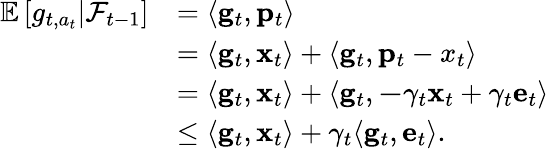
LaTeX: \begin{array}{rl}{\mathbb E\left[\left.g_{t,a_{t}}\right\rvert\mathcal F_{t-1}\right]}&{=\langle\mathbf g_{t},\mathbf p_{t}\rangle}\\ &{=\langle\mathbf g_{t},\mathbf x_{t}\rangle+\langle\mathbf g_{t},\mathbf p_{t}-x_{t}\rangle}\\ &{=\langle\mathbf g_{t},\mathbf x_{t}\rangle+\langle\mathbf g_{t},\mathbf-\gamma_{t}\mathbf x_{t}+\gamma_{t}\mathbf e_{t}\rangle}\\ &{\le\langle\mathbf g_{t},\mathbf x_{t}\rangle+\gamma_{t}\langle\mathbf g_{t},\mathbf e_{t}\rangle.}\end{array}